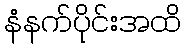
နံနက်ပိုင်းအထိ